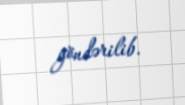
göndərilib.